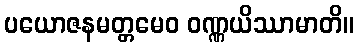
ပယောဇနမတ္တမေဝ ဝဏ္ဏယိဿာမာတိ။